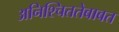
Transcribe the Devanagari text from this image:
अनिश्चिततेबाबत